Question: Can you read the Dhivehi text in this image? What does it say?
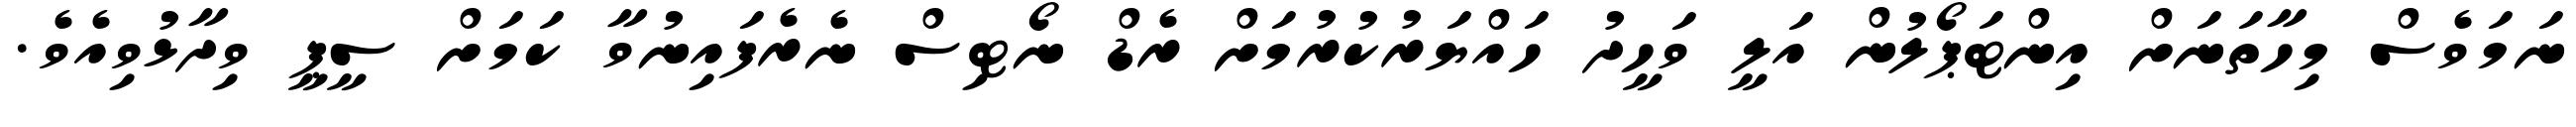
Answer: ނަމަވެސް މިހާތަނަށް އިންޓަޕޯލުން އަލީ ވަހީދު ހައްޔަރުކުރުމަށް ރެޑް ނޯޓިސް ނެރެފައިނުވާ ކަމަށް ސީޕީ ވިދާޅުވިއެވެ.